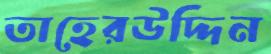
তাহেরউদ্দিন